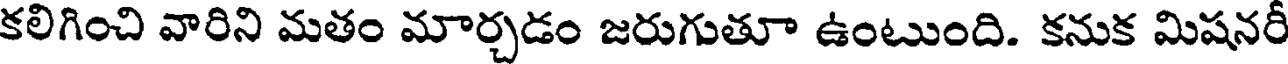
కలిగించి వారిని మతం మార్చడం జరుగుతూ ఉంటుంది. కనుక మిషనరీ